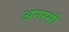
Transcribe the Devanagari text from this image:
अगस्सी